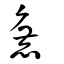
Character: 麁